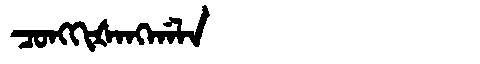
Manchu: ᠴᠣᠩᡴᡳᡧᠠᠩᡤᠠᠯᠠ
Romanization: CONGKIŠANGGALA